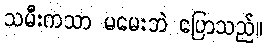
သမီးကသာ မမေးဘဲ ပြောသည်။